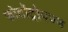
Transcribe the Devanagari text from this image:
फोटॉट्रोपज्म